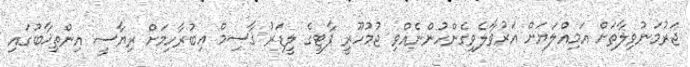
ޖަރުމަނުވިލާތަށް އަމިއްލަޔަށް އަރުވާލެވިގެންހުންނެއްވި ޖުމުހޫރީ ޕާޓީގެ ލީޑަރު ޤާސިމް އިބުރާހިމަށް ރިޔާސީ އިންތިޚާބުގައި